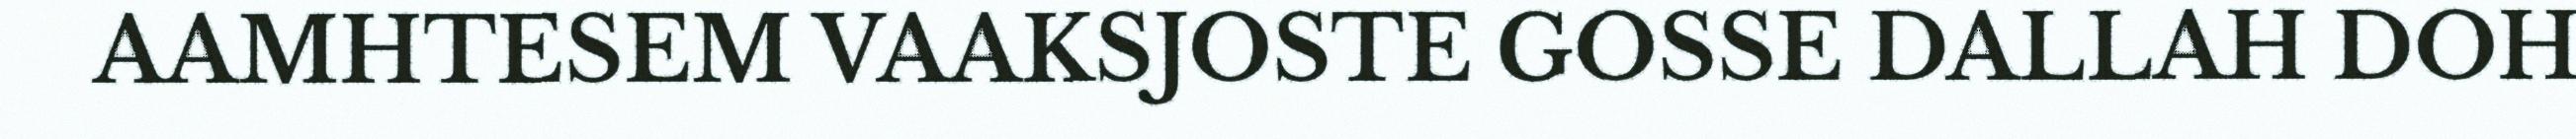
AAMHTESEM VAAKSJOSTE GOSSE DALLAH DOH